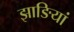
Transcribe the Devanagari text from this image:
झाङियां